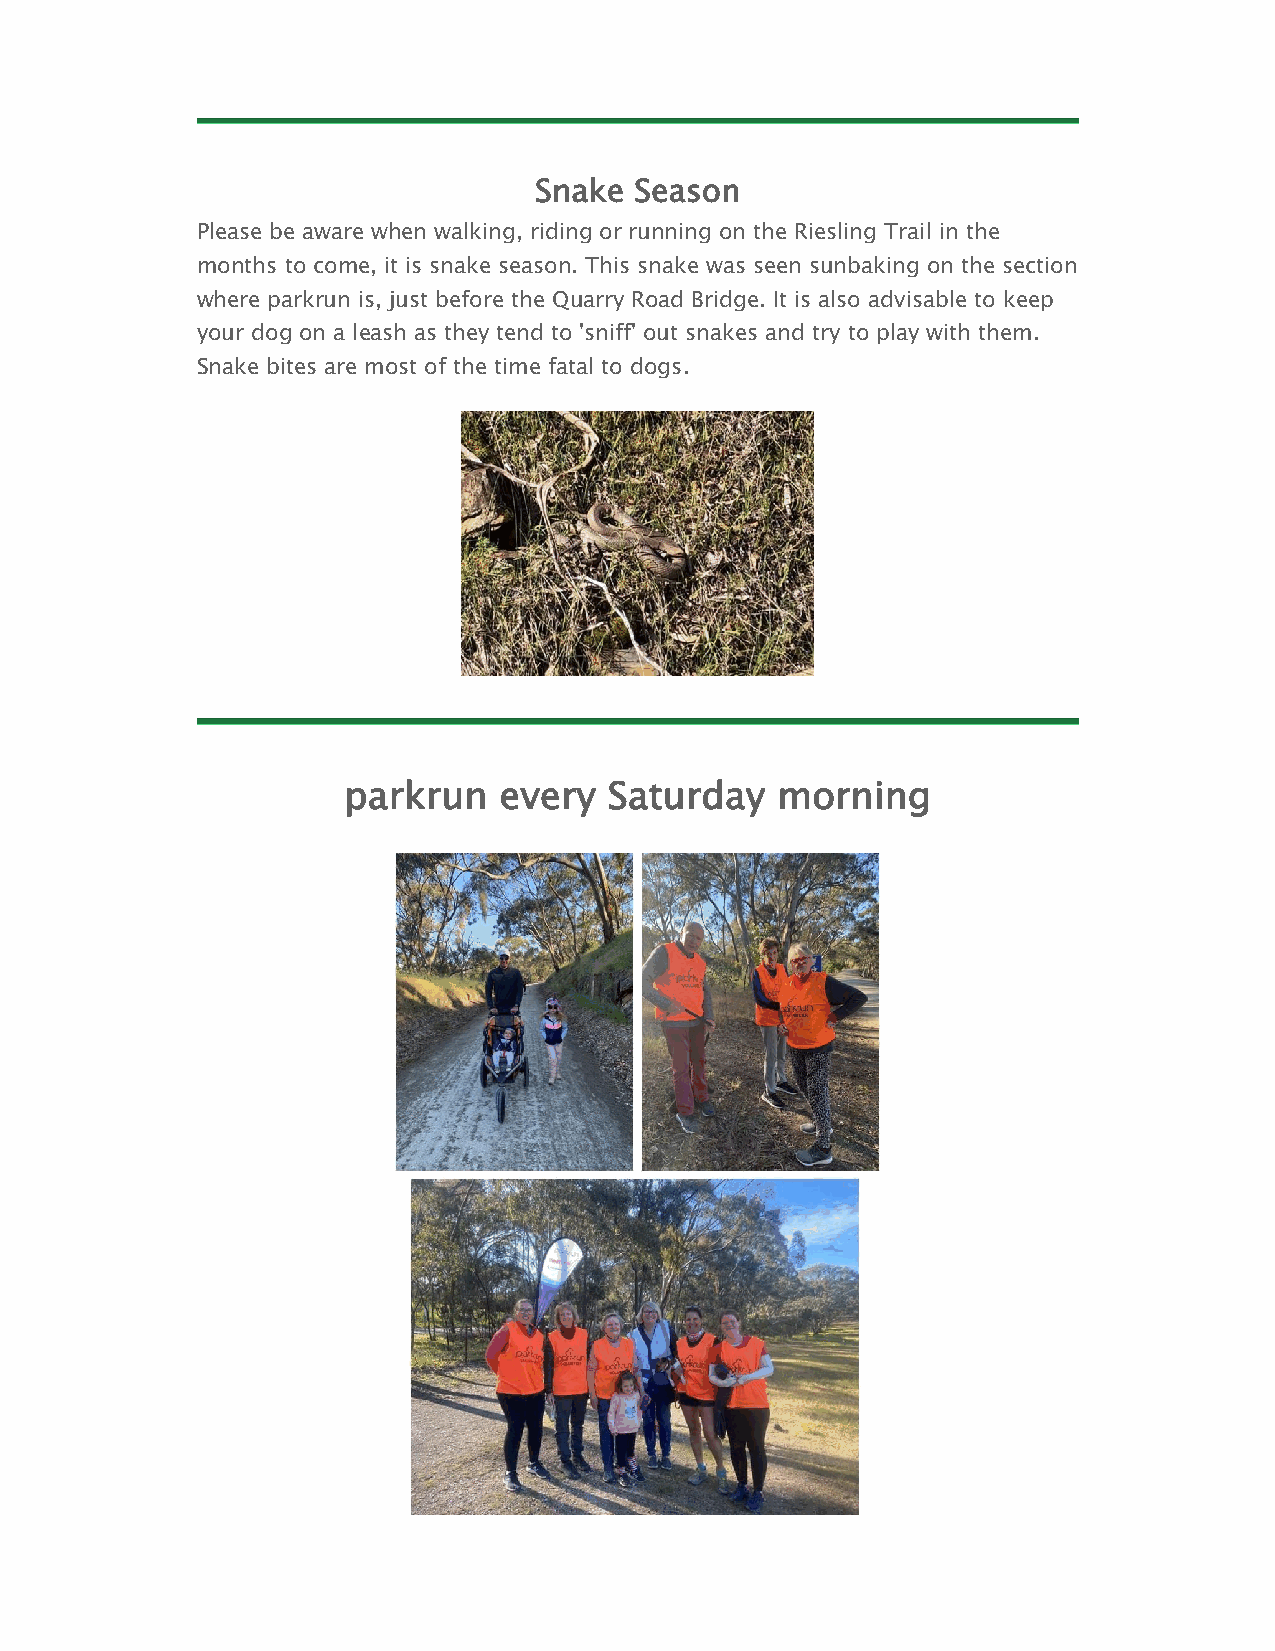
Snake  Season
 Please be aware when walking, riding or running on the Riesling Trail in the
 months to come, it is snake season. This snake was seen sunbaking on the section
 where parkrun is, just before the Quarry Road Bridge. It is also advisable to keep
 your dog on a leash as they tend to 'sniff' out snakes and try to play with them.
 Snake bites are most of the time fatal to dogs.
 parkrun   every  Saturday   morning